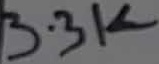
Text: 3.3K